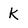
Character: k